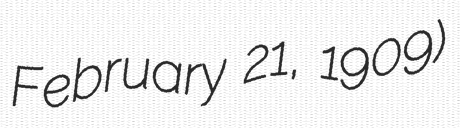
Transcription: February 21, 1909)